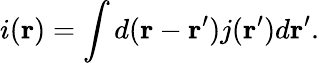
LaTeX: i(\mathbf{r})=\int d(\mathbf{r}-\mathbf{r}^{\prime})j(\mathbf{r}^{\prime})d\mathbf{r}^{\prime}.